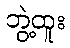
ဘွဲ့ထူး